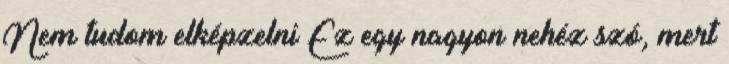
Nem tudom elképzelni Ez egy nagyon nehéz szó, mert